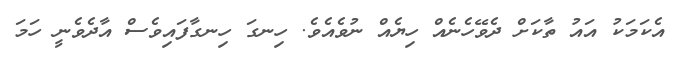
އެކަމަކު އައު ތާކަށް ދެވޭހެނެއް ހިޔެއް ނުވެއެވެ. ހިނގަ ހިނގާފައިވެސް އާދެވެނީ ހަމަ